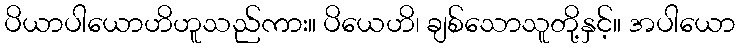
ပိယာပါယောဟိဟူသည်ကား။ ပိယေဟိ၊ ချစ်သောသူတို့နှင့်။ အပါယော